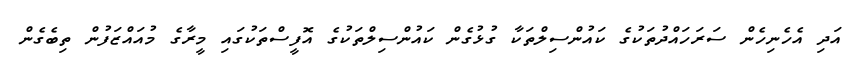
އަދި އެހެނިހެން ސަރަހައްދުތަކުގެ ކައުންސިލްތަކާ ގުޅުގެން ކައުންސިލްތަކުގެ އޮފީސްތަކުގައި މީރާގެ މުއައްޒަފުން ތިބެގެން